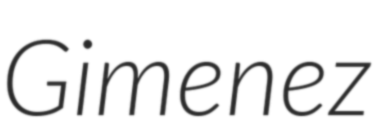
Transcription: Gimenez